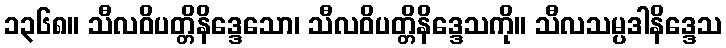
၁၃၆၈။ သီလဝိပတ္တိနိဒ္ဒေသော၊ သီလဝိပတ္တိနိဒ္ဒေသကို။ သီလသမ္ပဒါနိဒ္ဒေသ